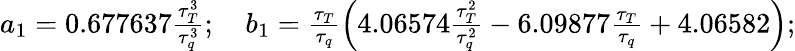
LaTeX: \begin{array}{r}{a_{1}=0.677637\frac{\tau_{T}^{3}}{\tau_{q}^{3}};\quad b_{1}=\frac{\tau_{T}}{\tau_{q}}\left(4.06574\frac{\tau_{T}^{2}}{\tau_{q}^{2}}-6.09877\frac{\tau_{T}}{\tau_{q}}+4.06582\right);}\end{array}